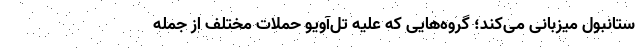
ستانبول میزبانی می‌کند؛ گروه‌هایی که علیه تل‌آویو حملات مختلف از جمله